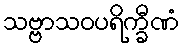
သဗ္ဗာသဝပရိက္ခီဏံ